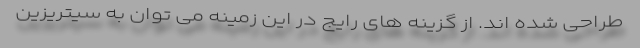
طراحی شده اند. از گزینه های رایج در این زمینه می توان به سیتریزین